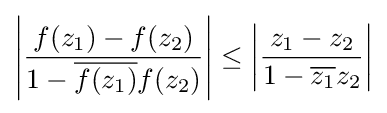
\left|{\frac {f(z_{1})-f(z_{2})}{1-{\overline {f(z_{1})}}f(z_{2})}}\right|\leq \left|{\frac {z_{1}-z_{2}}{1-{\overline {z_{1}}}z_{2}}}\right|